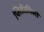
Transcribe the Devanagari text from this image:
प्लिसेंटविली